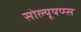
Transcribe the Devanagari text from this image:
सोल्यूषण्स